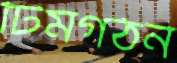
টিমগঠন